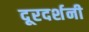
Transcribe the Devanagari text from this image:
दूरदर्शनी